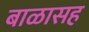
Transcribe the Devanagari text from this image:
बाळासह